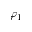
\varphi _ { 1 }